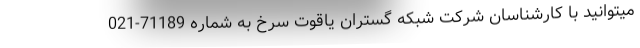
میتوانید با کارشناسان شرکت شبکه گستران یاقوت سرخ به شماره 71189-021